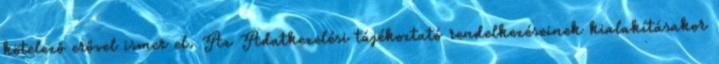
kötelező erővel ismer el. Az Adatkezelési tájékoztató rendelkezéseinek kialakításakor